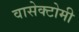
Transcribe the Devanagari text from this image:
वासेक्टोमी